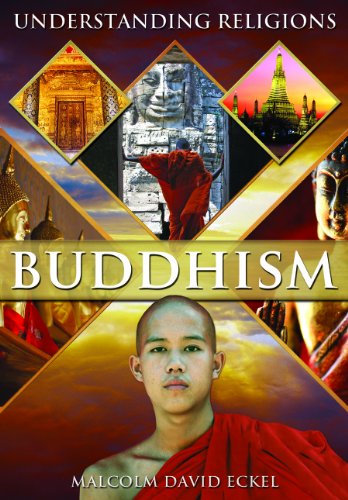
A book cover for Buddhism (Understanding Religions); Malcolm David Eckel; Teen & Young Adult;